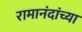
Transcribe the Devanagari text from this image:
रामानंदांच्या